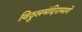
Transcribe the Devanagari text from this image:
विठ्ठलमंदिरामागे